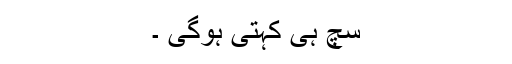
سچ ہی کہتی ہوگی ۔